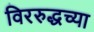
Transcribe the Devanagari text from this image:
विररुद्धच्या